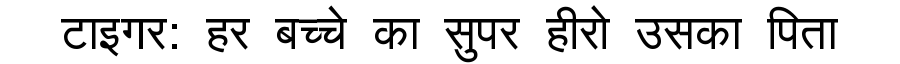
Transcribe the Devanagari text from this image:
टाइगर: हर बच्चे का सुपर हीरो उसका पिता